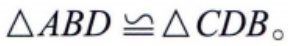
$\triangle ABD\cong\triangle CDB$。